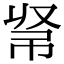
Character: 𢂟